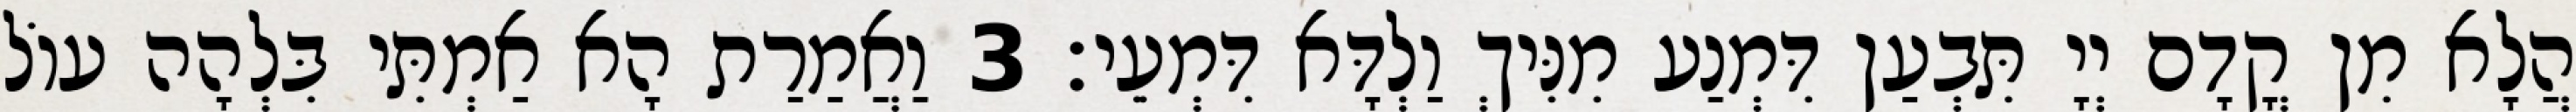
הֲלָא מִן קֳדָם יְיָ תִּבְעַן דִּמְנַע מִנִּיךְ וַלְדָּא דִּמְעֵי׃ 3 וַאֲמַרַת הָא אַמְתִּי בִּלְהָה עוֹל